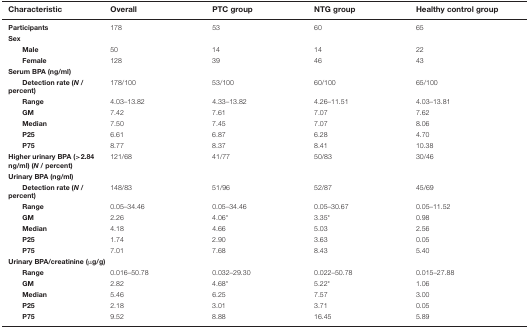
| Characteristic | Overall | PTC group | NTG group | Healthy control group |
 | --- | --- | --- | --- | --- |
 | Participants | 178 | 53 | 60 | 65 |
 | Sex |  |  |  |  |
 | Male | 50 | 14 | 14 | 22 |
 | Female | 128 | 39 | 46 | 43 |
 | Serum BPA (ng/ml) |  |  |  |  |
 | Detection rate (N / percent) | 178/100 | 53/100 | 60/100 | 65/100 |
 | Range | 4.03–13.82 | 4.33–13.82 | 4.26–11.51 | 4.03–13.81 |
 | GM | 7.42 | 7.61 | 7.07 | 7.62 |
 | Median | 7.50 | 7.45 | 7.07 | 8.06 |
 | P25 | 6.61 | 6.87 | 6.28 | 4.70 |
 | P75 | 8.77 | 8.37 | 8.41 | 10.38 |
 | Higher urinary BPA (>2.84 ng/ml) (N / percent) | 121/68 | 41/77 | 50/83 | 30/46 |
 | Urinary BPA (ng/ml) |  |  |  |  |
 | Detection rate (N / percent) | 148/83 | 51/96 | 52/87 | 45/69 |
 | Range | 0.05–34.46 | 0.05–34.46 | 0.05–30.67 | 0.05–11.52 |
 | GM | 2.26 | 4.06* | 3.35* | 0.98 |
 | Median | 4.18 | 4.66 | 5.03 | 2.56 |
 | P25 | 1.74 | 2.90 | 3.63 | 0.05 |
 | P75 | 7.01 | 7.68 | 8.43 | 5.40 |
 | Urinary BPA/creatinine (μg/g) |  |  |  |  |
 | Range | 0.016–50.78 | 0.032–29.30 | 0.022–50.78 | 0.015–27.88 |
 | GM | 2.82 | 4.68* | 5.22* | 1.06 |
 | Median | 5.46 | 6.25 | 7.57 | 3.00 |
 | P25 | 2.18 | 3.01 | 3.71 | 0.05 |
 | P75 | 9.52 | 8.88 | 16.45 | 5.89 |